Scottish Leaving Certificate Examination, 1953
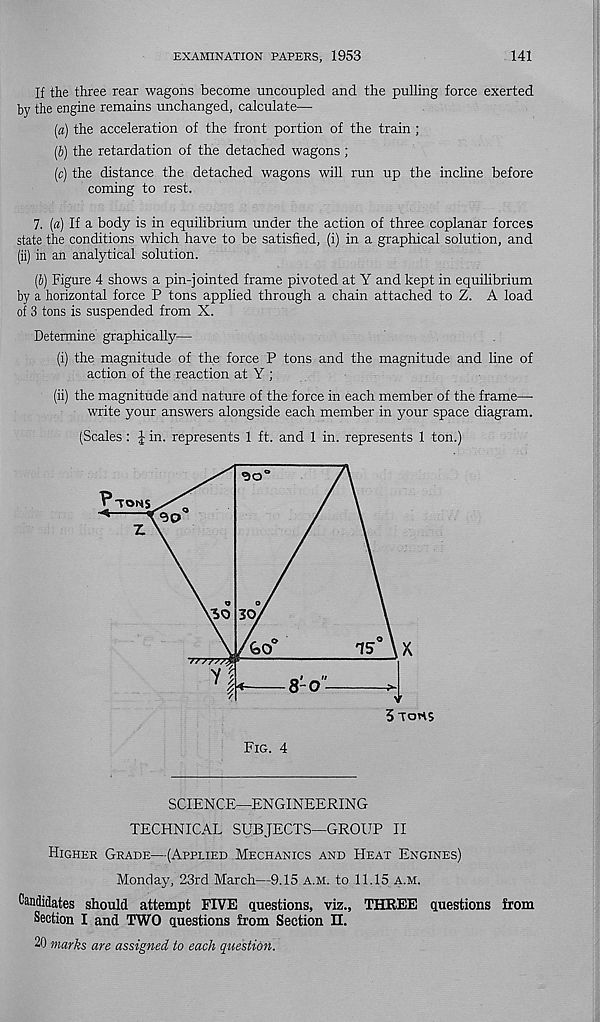
EXAMINATION PAPERS, 1953
141
If the three rear wagons become uncoupled and the pulling force exerted
by the engine remains unchanged, calculate^—
(a) the acceleration of the front portion of the train ;
(b) the retardation of the detached wagons ;
(c) the distance the detached wagons will run up the incline before
coming to rest.
7. (a) If a body is in equilibrium under the action of three coplanar forces
state the conditions which have to be satisfied, (i) in a graphical solution, and
(ii) in an analytical solution.
(b) Figure 4 shows a pin-jointed frame pivoted at Y and kept in equilibrium
by a horizontal force P tons applied through a chain attached to Z. A load
of 3 tons is suspended from X.
Determine graphically—
(i) the magnitude of the force P tons and the magnitude and line of
action of the reaction at Y ;
(ii) the magnitude and nature of the force in each member of the frame—
write your answers alongside each member in your space diagram.
(Scales : | in. represents 1 ft. and 1 in. represents 1 ton.)
SCIENCE—ENGINEERING
TECHNICAL SUBJECTS—GROUP II
Higher Grade—(Applied Mechanics and Heat Engines)
Monday, 23rd March—9.15 a.m. to 11.15 a.m.
Candidates should attempt FIVE questions, viz., THREE questions from
Section I and TWO questions from Section H.
20 marks are assigned to each question.